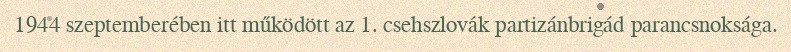
1944 szeptemberében itt működött az 1. csehszlovák partizánbrigád parancsnoksága.